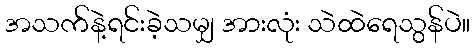
အသက်နဲ့ရင်းခဲ့သမျှ အားလုံး သဲထဲရေသွန်ပဲ။